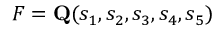
F = \mathbf { Q } ( s _ { 1 } , s _ { 2 } , s _ { 3 } , s _ { 4 } , s _ { 5 } )